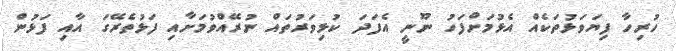
ހުރިހާ ފިޔަވަޅުތަކެއް އެޅުމަށްފަހު ނޫނީ އެފަދަ ކުޅިވަރުތައް ނުރޭއްވުމަށާއި ފަޅުތެރޭގަ އާއި ފަޅުން